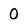
Character: 0